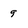
Character: 9